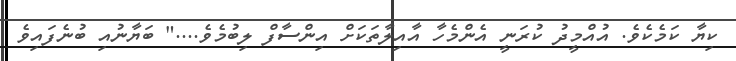
ކިޔާ ކަމެކެވެ. އުއްމީދު ކުރަނީ އެންމެހާ އާއިލާތަކަށް އިންސާފް ލިބުމެވެ...." ބަޔާނުއި ބުނެފައިވެ